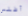
أطلس